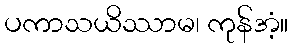
ပကာသယိဿာမ၊ ကုန်အံ့။